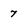
Character: 7